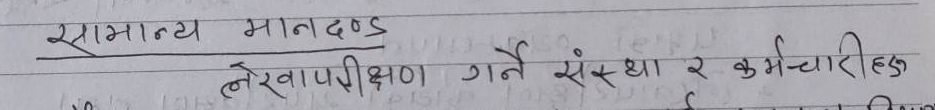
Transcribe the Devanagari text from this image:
सामान्य मानदण्ड
लेखापरीक्षण गर्ने संस्था र कर्मचारीहरु